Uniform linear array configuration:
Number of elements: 32
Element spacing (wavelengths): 0.75
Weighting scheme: exponential
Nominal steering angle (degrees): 45
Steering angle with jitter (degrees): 43.224
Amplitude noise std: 0.05
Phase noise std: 0.05

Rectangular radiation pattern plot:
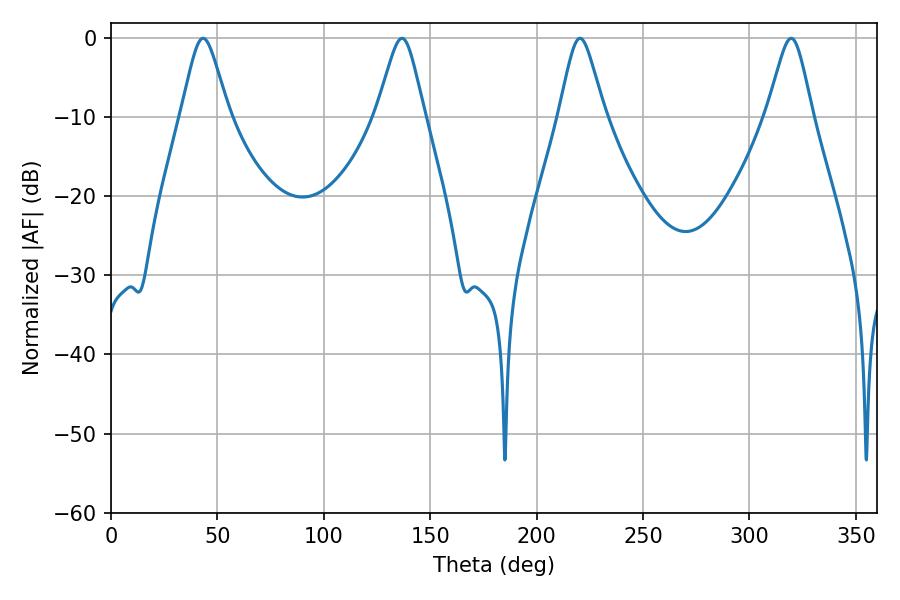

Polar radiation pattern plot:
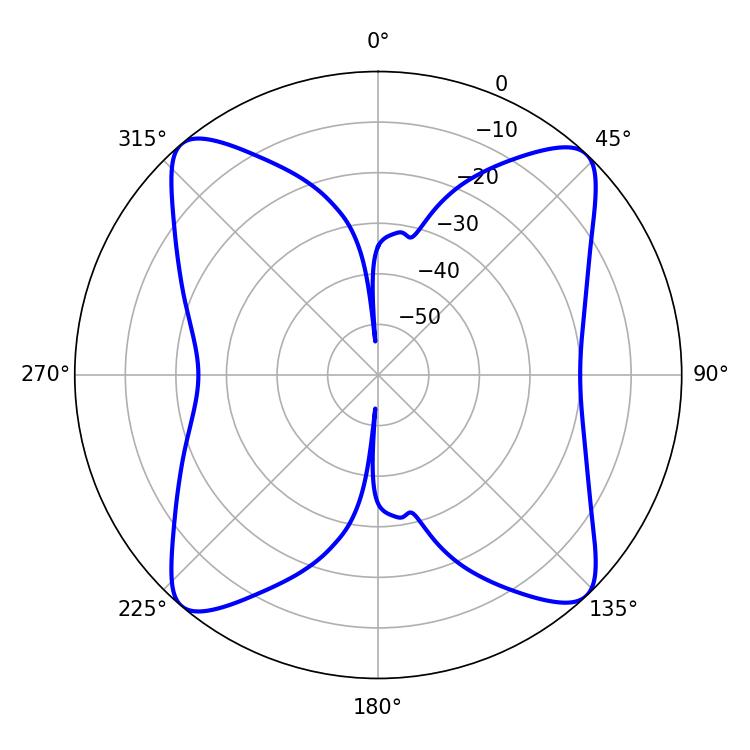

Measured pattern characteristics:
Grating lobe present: TRUE
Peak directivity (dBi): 17.508
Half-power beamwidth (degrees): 10.26
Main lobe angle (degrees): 220.32